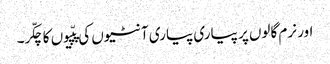
اور نرم گالوں پر پیاری پیاری آنٹیوں کی پپّیوں کا چکّر۔